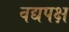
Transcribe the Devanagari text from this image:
वद्यपक्ष